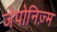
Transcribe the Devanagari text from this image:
जेपोनिज़्म